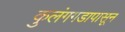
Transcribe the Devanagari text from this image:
कुलंगगडापासून